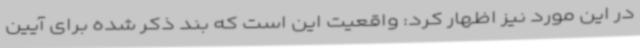
در این مورد نیز اظهار کرد: واقعیت این است که بند ذکر شده برای آیین